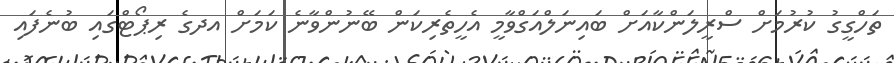
ތަހްގީގު ކުރުމަށް ސްރީލަންކާއަށް ބައިނަލްއަގްވާމީ އެހީތެރިކަން ބޭނުންވާނެ ކަމަށް އދގެ ރިޕޯޓްގައި ބުނެފައި